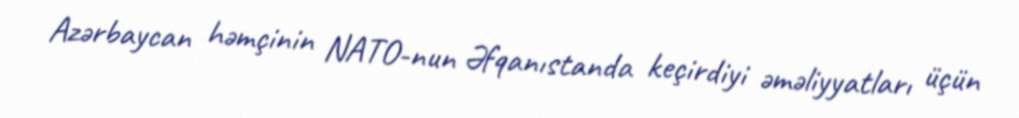
Azərbaycan həmçinin NATO-nun Əfqanıstanda keçirdiyi əməliyyatları üçün